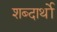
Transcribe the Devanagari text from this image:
शब्दार्थो